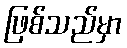
ဖြစ်သည်မှာ